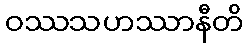
ဝဿသဟဿာနီတိ